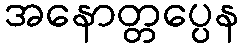
အနောတ္တပ္ပေန